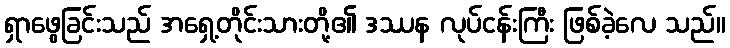
ရှာဖွေခြင်းသည် အရှေ့တိုင်းသားတို့၏ ဒဿန လုပ်ငန်းကြီး ဖြစ်ခဲ့လေ သည်။